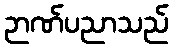
ဉာဏ်ပညာသည်